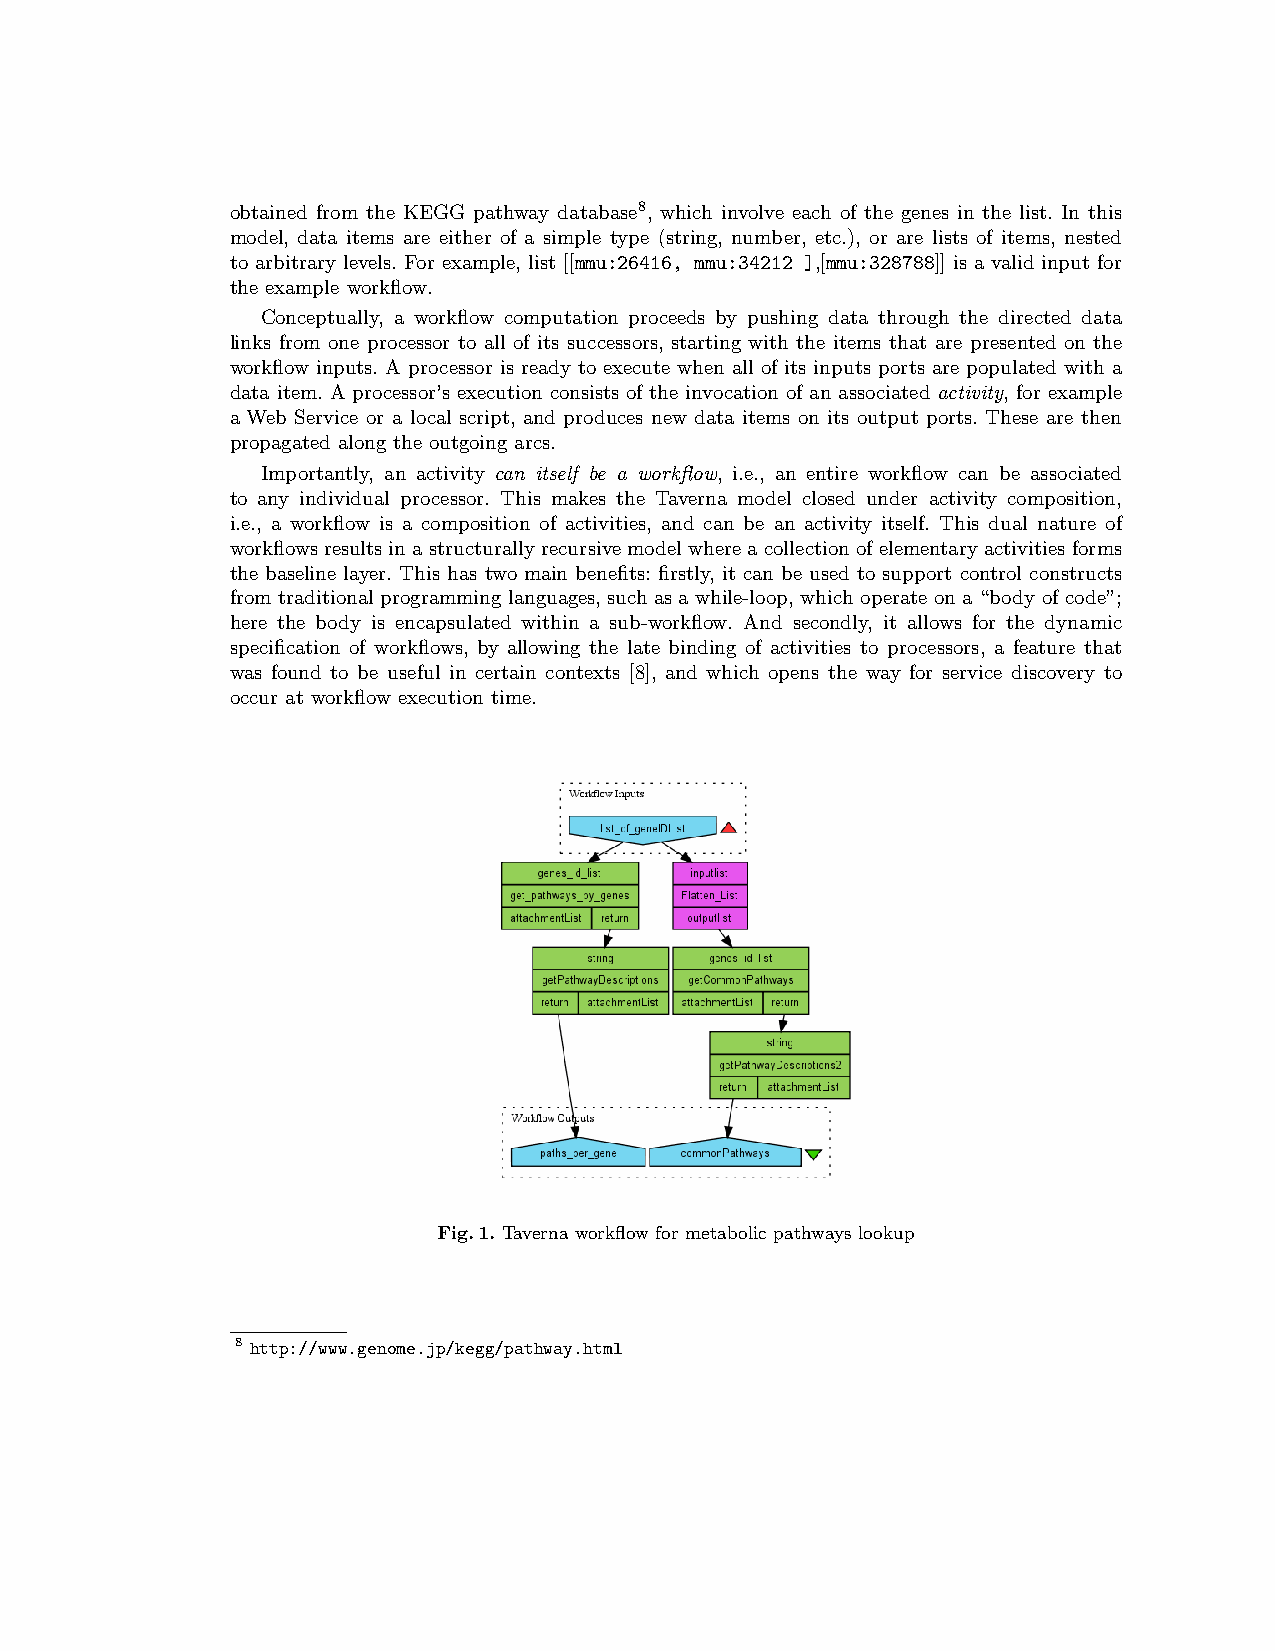
obtained from the KEGG pathway database8, which involve each of the genes in the list. In this
 model, data items are either of a simple type (string, number, etc.), or are lists of items, nested
 to arbitrary levels. For example, list [[mmu:26416, mmu:34212 ],[mmu:328788]] is a valid input for
 the example workflow.
 Conceptually, a workflow computation proceeds by pushing data through the directed data
 links from one processor to all of its successors, starting with the items that are presented on the
 workflow inputs. A processor is ready to execute when all of its inputs ports are populated with a
 data item. A processor’s execution consists of the invocation of an associated activity, for example
 a Web Service or a local script, and produces new data items on its output ports. These are then
 propagated along the outgoing arcs.
 Importantly, an activity can itself be a workflow, i.e., an entire workflow can be associated
 to any individual processor. This makes the Taverna model closed under activity composition,
 i.e., a workflow is a composition of activities, and can be an activity itself. This dual nature of
 workflowsresultsinastructurallyrecursivemodelwhereacollectionofelementaryactivitiesforms
 the baseline layer. This has two main benefits: firstly, it can be used to support control constructs
 from traditional programming languages, such as a while-loop, which operate on a “body of code”;
 here the body is encapsulated within a sub-workflow. And secondly, it allows for the dynamic
 specification of workflows, by allowing the late binding of activities to processors, a feature that
 was found to be useful in certain contexts [8], and which opens the way for service discovery to
 occur at workflow execution time.
 Fig.1. Taverna workflow for metabolic pathways lookup
 8 http://www.genome.jp/kegg/pathway.html